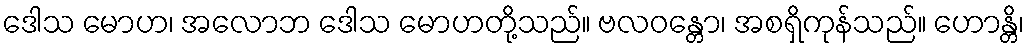
ဒေါသ မောဟ၊ အလောဘ ဒေါသ မောဟတို့သည်။ ဗလဝန္တော၊ အစရှိကုန်သည်။ ဟောန္တိ၊